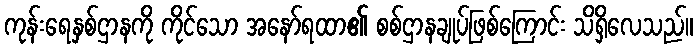
ကုန်းရေနှစ်ဌာနကို ကိုင်သော အနော်ရထာ၏ စစ်ဌာနချုပ်ဖြစ်ကြောင်း သိရှိလေသည်။